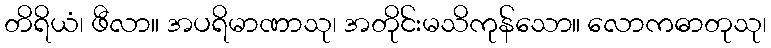
တိရိယံ၊ ဖီလာ။ အပရိမာဏာသု၊ အတိုင်းမသိကုန်သော။ လောကဓာတုသု၊